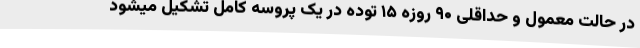
در حالت معمول و حداقلی ۹۰ روزه ۱۵ توده در یک پروسه کامل تشکیل میشود